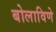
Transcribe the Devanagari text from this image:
बोलाविणे